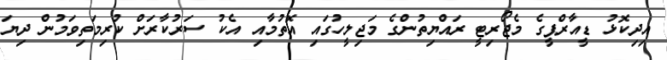
އިދިކޮޅު ޑީއާރްޕީގެ މެޖޯރިޓީ ރައްޔިތުންގެ މަޖިލީހުގައި އޮތުމާއި އެކު ސަރުކާރަށް ކުރިމަތިވަމުން ދިޔަ